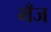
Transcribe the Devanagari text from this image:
मँज